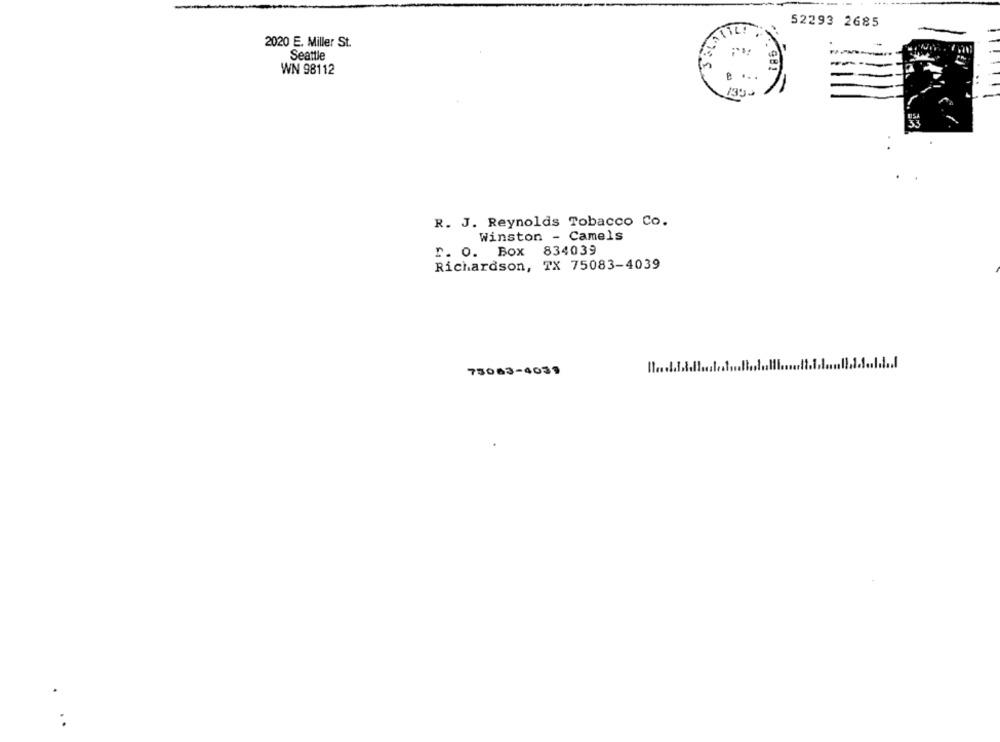
185%
52293 2685
2020 E. Miller St.
Seattle
WN 98112
....
R. J. Reynolds Tobacco Co.
Winston - Camels
r. O. Box 834039
Richardson, TX 75083-4039
75063-4039
..